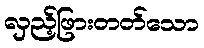
လှည့်ဖြားတတ်သော